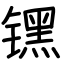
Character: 𬭶